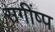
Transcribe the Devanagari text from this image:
सगींष्प